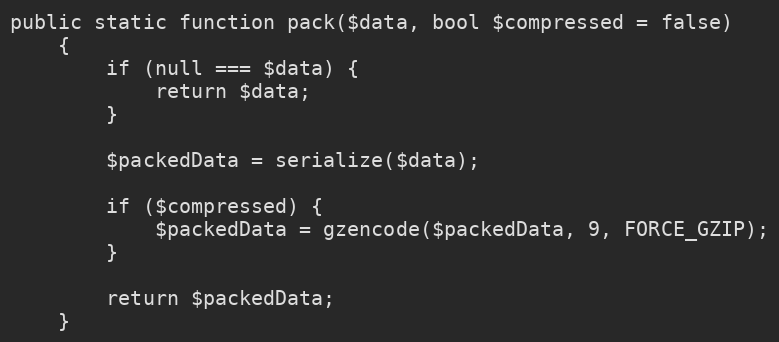
Language: PHP
public static function pack($data, bool $compressed = false)
    {
        if (null === $data) {
            return $data;
        }

        $packedData = serialize($data);

        if ($compressed) {
            $packedData = gzencode($packedData, 9, FORCE_GZIP);
        }

        return $packedData;
    }